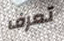
تعرف